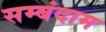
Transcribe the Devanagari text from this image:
सम्बंदाम